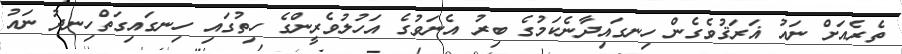
ތެރެއަށް ނައު ޣަރަޤުވެގެން ހިނގައިދާނެކަމުގެ ބިރު އެނަވުގެ އަހުލުވެރީންގެ ހިތުގައި ހިނގައިގަތްހިނދު ނައު